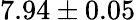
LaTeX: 7.94\pm 0.05